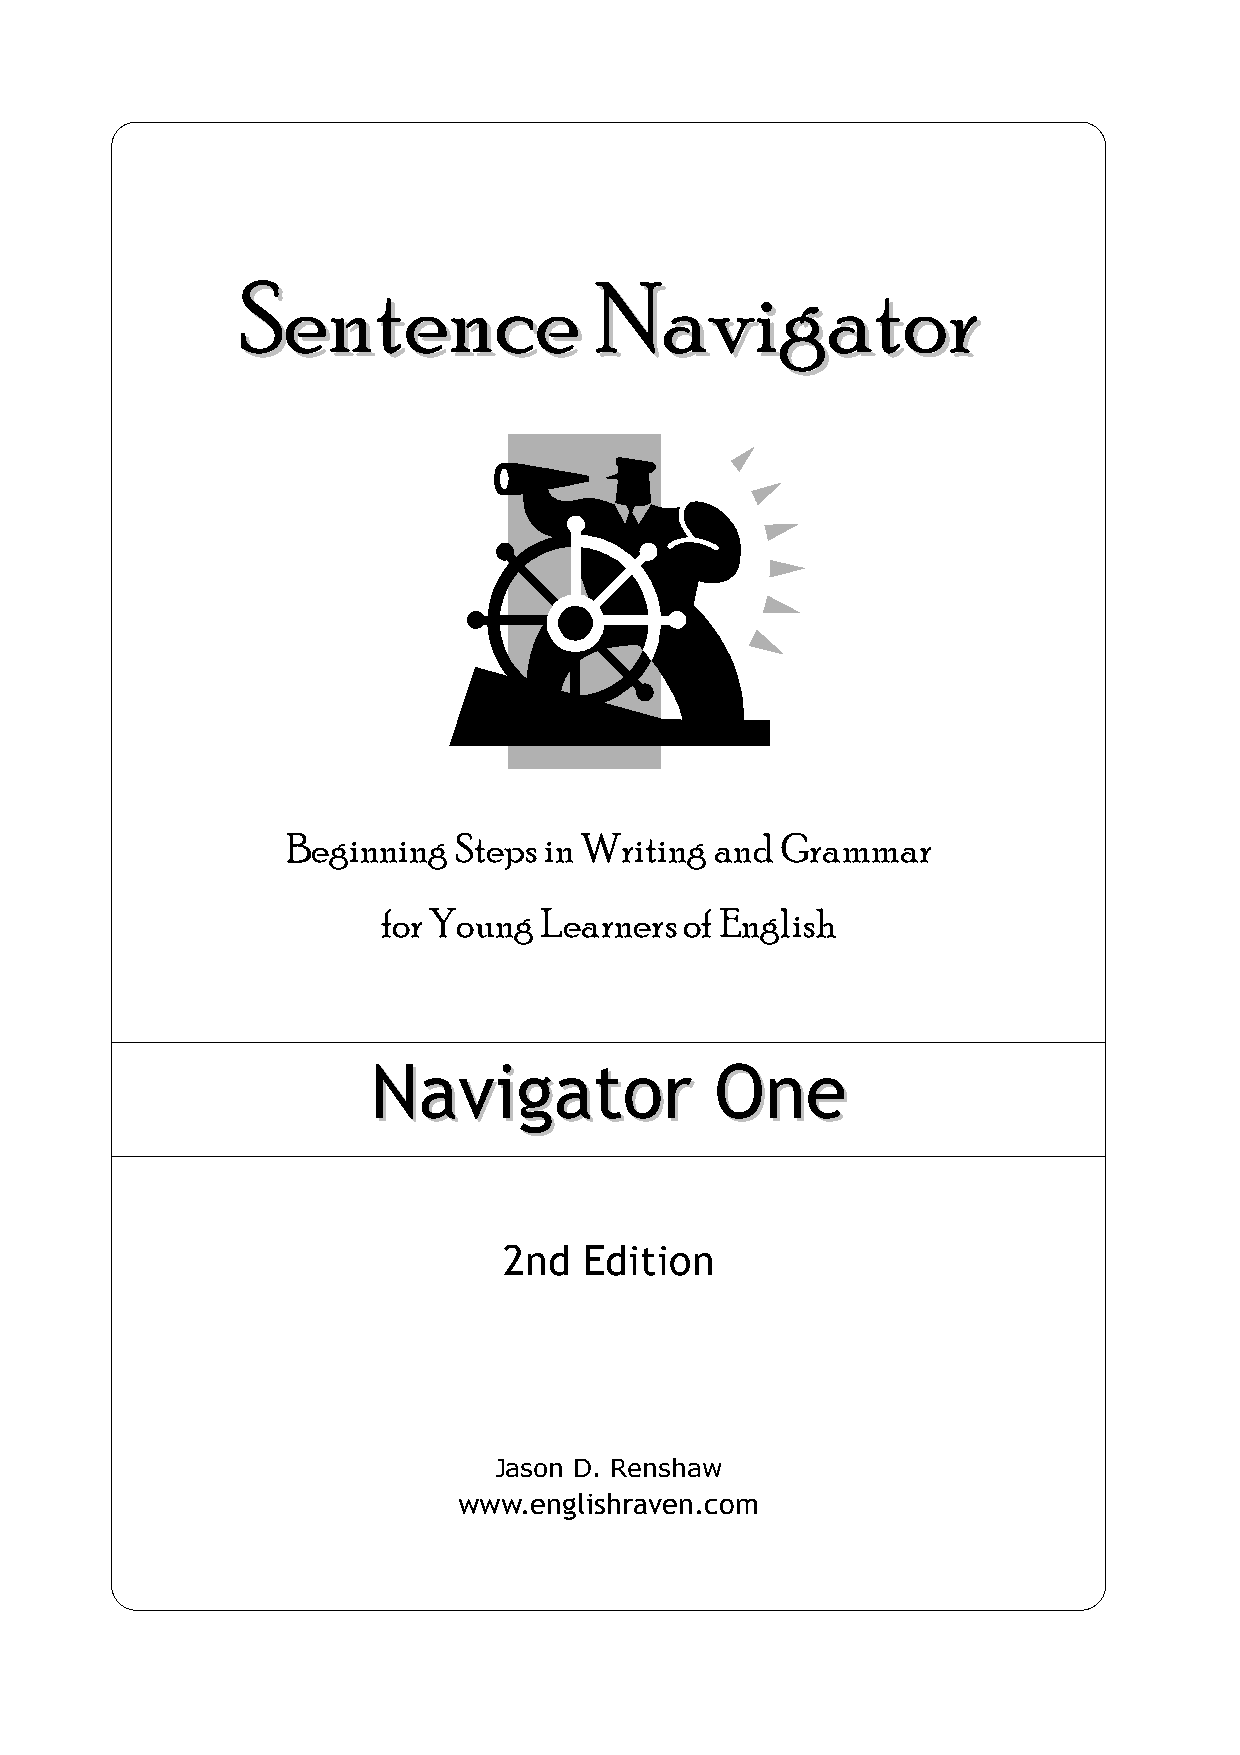
SSEENNTTEENNCCEE NNAAVVIIGGAATTOORR 11    wwwwww..eenngglliisshhrraavveenn..ccoomm
 SSeenntteennccee       NNaavviiggaattoorr
 Beginning  Steps in Writing and  Grammar
 for Young  Learners of English
 NNaavviiggaattoorr    OOnnee
 2nd   Edition
 Jason D. Renshaw
 www.englishraven.com
 © 2004 Jason Renshaw                                             1